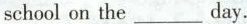
school on the___day.